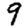
Digit: 9